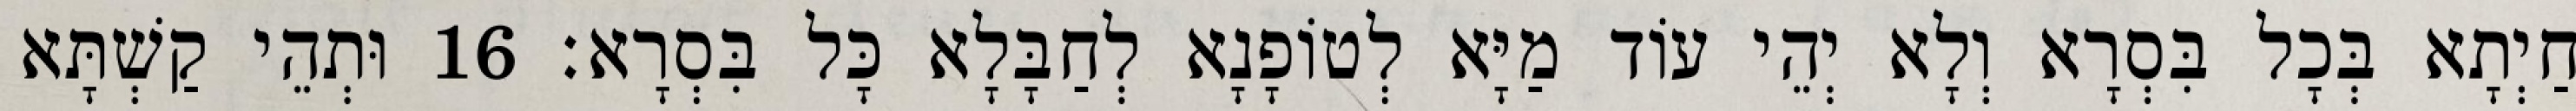
חַיְתָא בְּכָל בִּסְרָא וְלָא יְהֵי עוֹד מַיָּא לְטוֹפָנָא לְחַבָּלָא כָּל בִּסְרָא׃ 16 וּתְהֵי קַשְׁתָּא